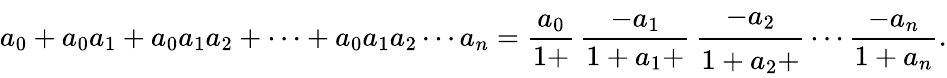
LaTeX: a_{0}+a_{0}a_{1}+a_{0}a_{1}a_{2}+\cdots+a_{0}a_{1}a_{2}\cdots a_{n}={\frac{a_{0}}{1+}}\, {\frac{-a_{1}}{1+a_{1}+}}\, {\cfrac{-a_{2}}{1+a_{2}+}}\cdots{\frac{-a_{n}}{1+a_{n}}}.